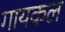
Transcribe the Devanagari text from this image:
गायकल